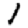
Digit: 1